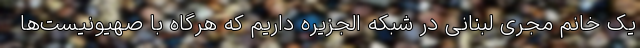
یک خانم مجری لبنانی در شبکه الجزیره داریم که هرگاه با صهیونیست‌ها